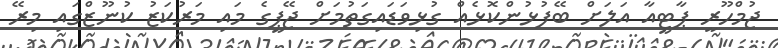
ޖުމްހޫރީ ޕާޓީއާ އަލަށް ބޭފުޅުންކޮޅެއް ގުޅިވަޑައިގަތުމަށް ޖޭޕީގެ މައި މަރުކަޒު ކުނޫޒްގައި މިރޭ